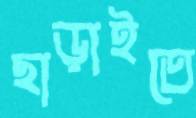
ছাড়াইতে